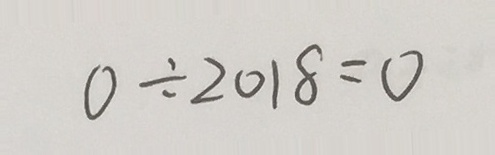
0 \div 2 0 1 8 = 0